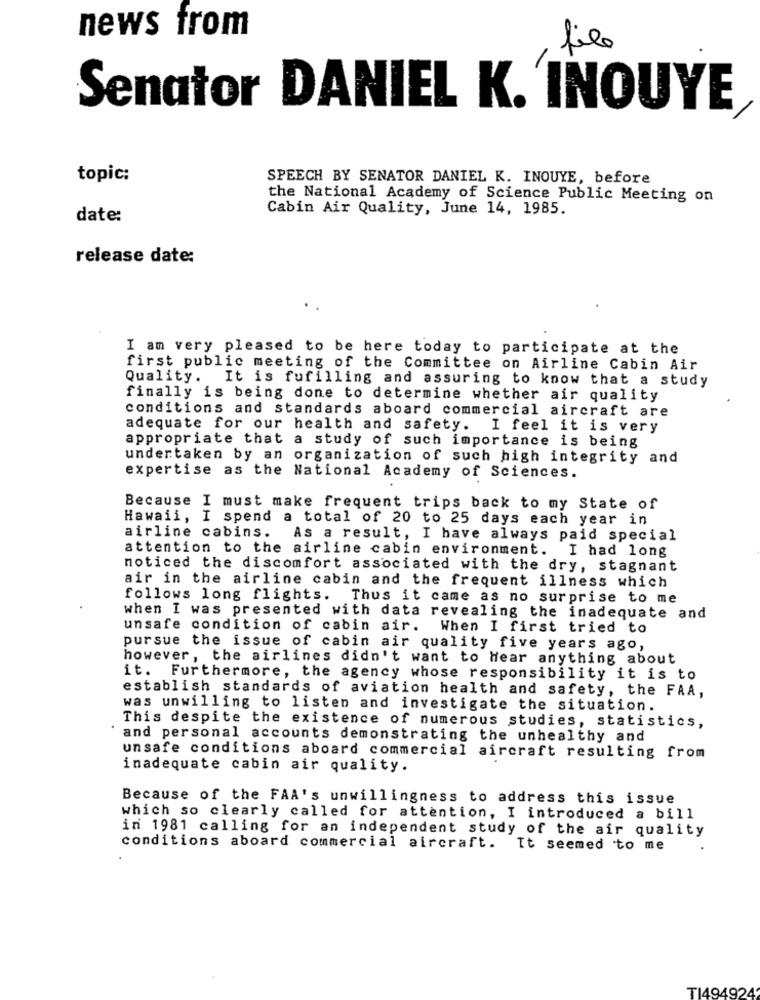
news from
file
Senator DANIEL K. INOUYE
topic:
SPEECH BY SENATOR DANIEL K. INOUYE, before
the National Academy of Science Public Meeting on
Cabin Air Quality, June 14, 1985.
date:
release date:
I am very pleased to be here today to participate at the
first public meeting of the Committee on Airline Cabin Air
Quality. It is fufilling and assuring to know that a study
finally is being done to determine whether air quality
conditions and standards aboard commercial aircraft are
adequate for our health and safety. I feel it is very
appropriate that a study of such importance is being
undertaken by an organization of such high integrity and
expertise as the National Academy of Sciences.
Because I must make frequent trips back to my State of
Hawaii, I spend a total of 20 to 25 days each year in
airline cabins. As a result, I have always paid special
attention to the airline cabin environment. I had long
noticed the discomfort associated with the dry, stagnant
air in the airline cabin and the frequent illness which
follows long flights. Thus it came as no surprise to me
when I was presented with data revealing the inadequate and
unsafe condition of cabin air. When I first tried to
pursue the issue of cabin air quality five years ago,
however, the airlines didn't want to Hear anything about
it. Furthermore, the agency whose responsibility it is to
establish standards of aviation health and safety, the FAA,
was unwilling to listen and investigate the situation.
This despite the existence of numerous studies, statistics,
and personal accounts demonstrating the unhealthy and
unsafe conditions aboard commercial aircraft resulting from
inadequate cabin air quality.
Because of the FAA's unwillingness to address this issue
which so clearly called for attention, I introduced a bill
in 1981 calling for an independent study of the air quality
conditions aboard commercial aircraft. It seemed to me
TI494924